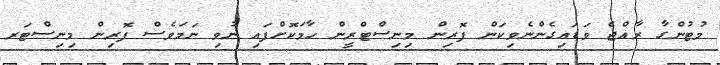
މުޓުންގާ ރާއްޖެ ވަޑައިގެންނެވިކަން ފޮރިން މިނިސްޓްރީން ހާމަކޮށްފައި ނުވި ނަމަވެސް ފޮރިން މިނިސްޓަރ